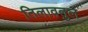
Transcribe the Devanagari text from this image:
तिलावतुल